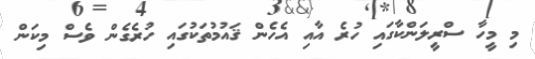
މި މީހާ ސްރީލަންކާގައި ހުރެ އާއި އެހެން ޤައުމުތަކުގައި ހުރެގެން ވެސް މިކަން